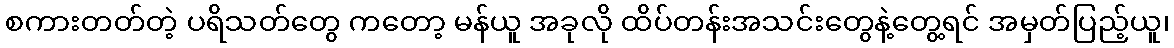
စကားတတ်တဲ့ ပရိသတ်တွေ ကတော့ မန်ယူ အခုလို ထိပ်တန်းအသင်းတွေနဲ့တွေ့ရင် အမှတ်ပြည့်ယူ၊